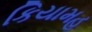
કિયામહ